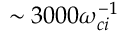
\sim 3 0 0 0 \omega _ { c i } ^ { - 1 }